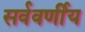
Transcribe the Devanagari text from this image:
सर्ववर्णीय